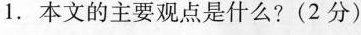
1. 本文的主要观点是什么? (2分)